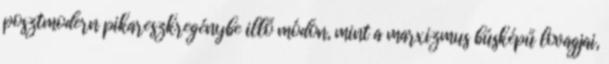
posztmodern pikareszkregénybe illő módon, mint a marxizmus búsképű lovagjai,